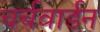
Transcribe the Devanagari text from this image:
चर्चवार्डन